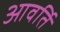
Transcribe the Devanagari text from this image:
आवर्ति